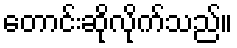
တောင်းဆိုလိုက်သည်။